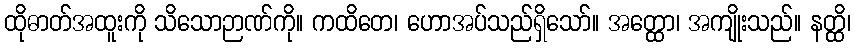
ထိုဓာတ်အထူးကို သိသောဉာဏ်ကို။ ကထိတေ၊ ဟောအပ်သည်ရှိသော်။ အတ္ထော၊ အကျိုးသည်။ နတ္ထိ၊